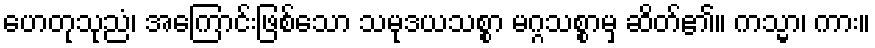
ဟေတုသုညံ၊ အကြောင်းဖြစ်သော သမုဒယသစ္စာ မဂ္ဂသစ္စာမှ ဆိတ်၏။ ကသ္မာ၊ ကား။